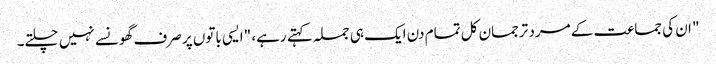
" ان کی جماعت کے مرد ترجمان کل تمام دن ایک ہی جملہ کہتے رہے، "ایسی باتوں پر صرف گھونسے نہیں چلتے۔